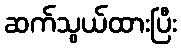
ဆက်သွယ်ထားပြီး